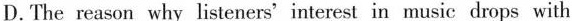
D.The reason why listeners'interest in music dops with